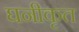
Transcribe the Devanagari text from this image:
घनीकृत